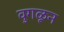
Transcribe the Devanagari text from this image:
वुगळून